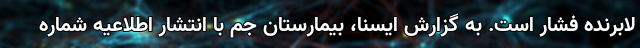
لابرنده فشار است. به گزارش ایسنا، بیمارستان جم با انتشار اطلاعیه شماره